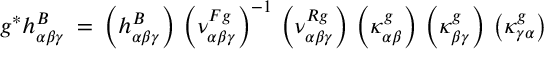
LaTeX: g ^ { * } h _ { \alpha \beta \gamma } ^ { B } \: = \: \left( h _ { \alpha \beta \gamma } ^ { B } \right) \, \left( \nu _ { \alpha \beta \gamma } ^ { F g } \right) ^ { - 1 } \, \left( \nu _ { \alpha \beta \gamma } ^ { R g } \right) \, \left( \kappa _ { \alpha \beta } ^ { g } \right) \, \left( \kappa _ { \beta \gamma } ^ { g } \right) \, \left( \kappa _ { \gamma \alpha } ^ { g } \right)